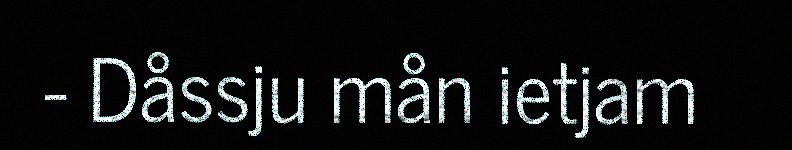
- Dåssju mån ietjam